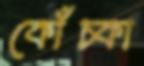
কোঁচ্‌কা